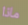
ماذا